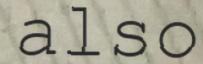
also